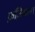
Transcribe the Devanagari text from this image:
क़ज़ियाना